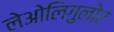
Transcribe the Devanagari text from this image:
लेओलिगुलोर